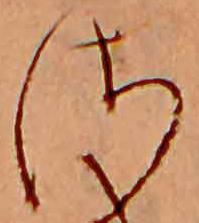
さ